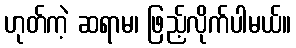
ဟုတ်ကဲ့ ဆရာမ၊ ဖြည့်လိုက်ပါမယ်။